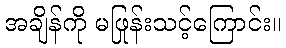
အချိန်ကို မဖြုန်းသင့်ကြောင်း။